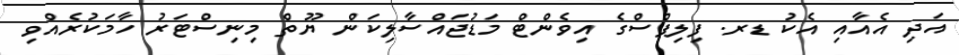
އަދި އެއާއި އެކު ޑރ. ފިލިޕްސްގެ އިވެންޓް މަޑުޖައްސާލިކަން ޔޫތް މިނިސްޓަރު ހާމަކުރެއްވި